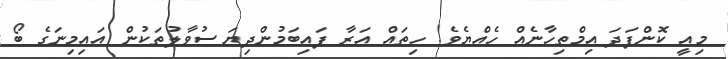
މިއީ ކޮންފަދަ އިމްތިހާނެއް ހެއްޔެވެ! ހިތައް އަރާ ފައިބަމުންދިޔަ ސުވާލުތަކުން އައިމިނަގެ ބޯ